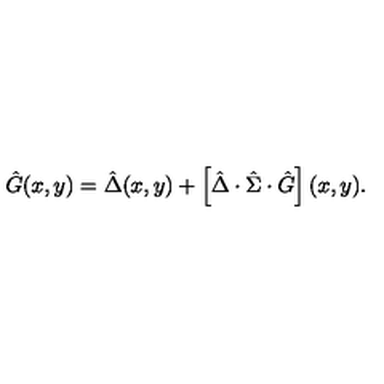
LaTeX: \hat { G } ( x , y ) = \hat { \Delta } ( x , y ) + \left[ \hat { \Delta } \cdot \hat { \Sigma } \cdot \hat { G } \right] ( x , y ) .